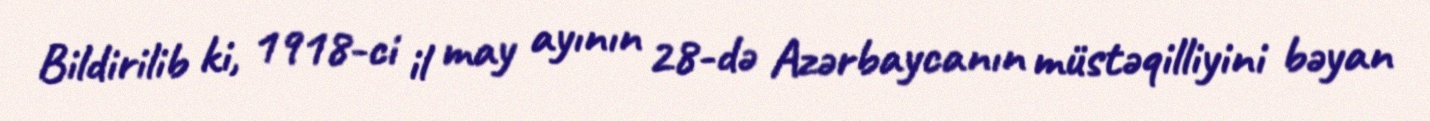
Bildirilib ki, 1918-ci il may ayının 28-də Azərbaycanın müstəqilliyini bəyan